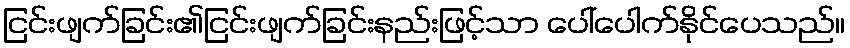
ငြင်းဖျက်ခြင်း၏ငြင်းဖျက်ခြင်းနည်းဖြင့်သာ ပေါ်ပေါက်နိုင်ပေသည်။